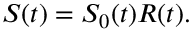
S ( t ) = S _ { 0 } ( t ) R ( t ) .